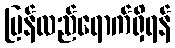
ပြန်လည်ရောက်ရှိရန်